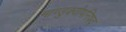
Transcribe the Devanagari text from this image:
माण्डुक्योपनिषद